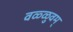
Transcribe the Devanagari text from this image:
वळ्ळुवम्